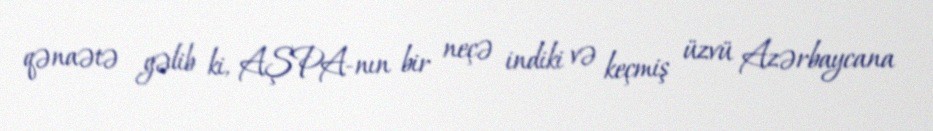
qənaətə gəlib ki, AŞPA-nın bir neçə indiki və keçmiş üzvü Azərbaycana